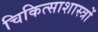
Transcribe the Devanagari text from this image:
चिकित्साशास्त्रों